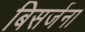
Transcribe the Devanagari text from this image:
बिसर्जना